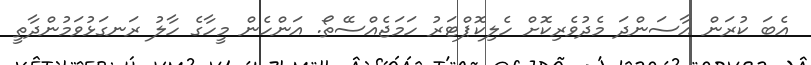
އެބަ ކުރަން އާސަންދަ މެދުވެރިކޮށް ހެލިކޮޕްޓަރު ހަމަޖެއްސޭތޯ. އަންހެން މީހާގެ ހާލު ރަނގަޅުވަމުންދާތީ